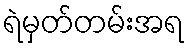
ရဲမှတ်တမ်းအရ